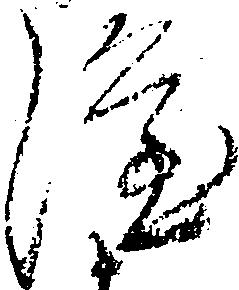
隆